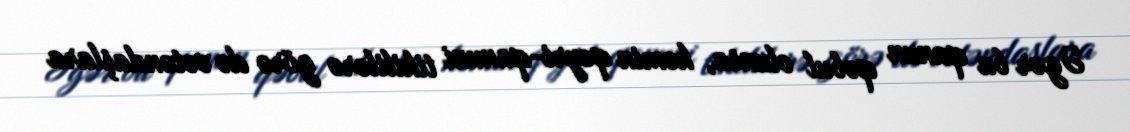
Əgər bu qanun qəbul olunsa, həmin qeyri-qanuni tikililərə görə də vətəndaşlara